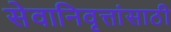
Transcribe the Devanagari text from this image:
सेवानिवृत्तांसाठी